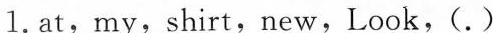
1.at, my, shirt, new, Look, ( . )